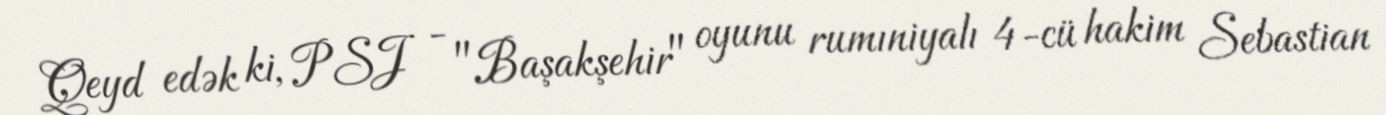
Qeyd edək ki, PSJ - "Başakşehir" oyunu rumıniyalı 4-cü hakim Sebastian